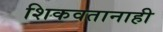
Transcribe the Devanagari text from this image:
शिकवतानाही